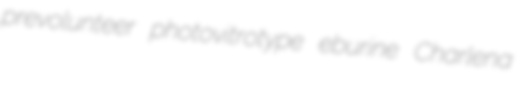
prevolunteer photovitrotype eburine Charlena